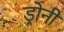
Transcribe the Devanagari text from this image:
ड्रोनी